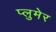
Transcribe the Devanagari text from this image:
प्लुमेर